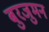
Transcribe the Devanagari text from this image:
बुरजुमन